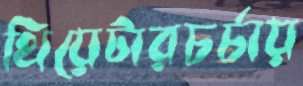
থিয়েটারচর্চায়